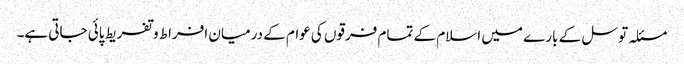
مسئلہ توسل کے بارے میں اسلام کے تمام فرقوں کی عوام کے درمیان افراط و تفریط پائی جاتی ہے۔